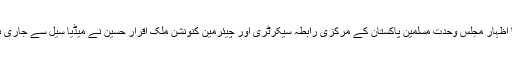
ان خیالات کا اظہار مجلس وحدت مسلمین پاکستان کے مرکزی رابطہ سیکرٹری اور چیئرمین کنونشن ملک اقرار حسین نے میڈیا سیل سے جاری بیان میں کیا ۔